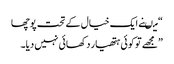
“ میںنے ایک خیال کے تحت پوچھا
”مجھے تو کوئی ہتھیار دکھائی نہیں دیا۔